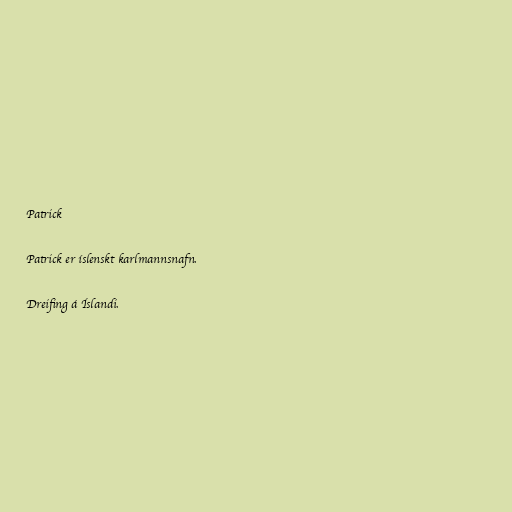
Patrick

Patrick er íslenskt karlmannsnafn.

Dreifing á Íslandi.